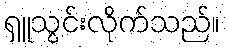
ရှူသွင်းလိုက်သည်။